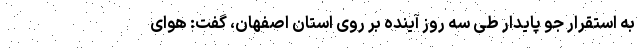
به استقرار جو پایدار طی سه روز آینده بر روی استان اصفهان، گفت: هوای